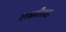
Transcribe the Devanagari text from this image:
लक्ष्मीसह